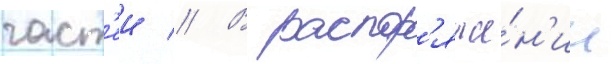
част'еи // В распор'яже́н'ии